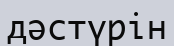
дәстүрін